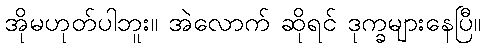
အိုမဟုတ်ပါဘူး။ အဲလောက် ဆိုရင် ဒုက္ခများနေပြီ။